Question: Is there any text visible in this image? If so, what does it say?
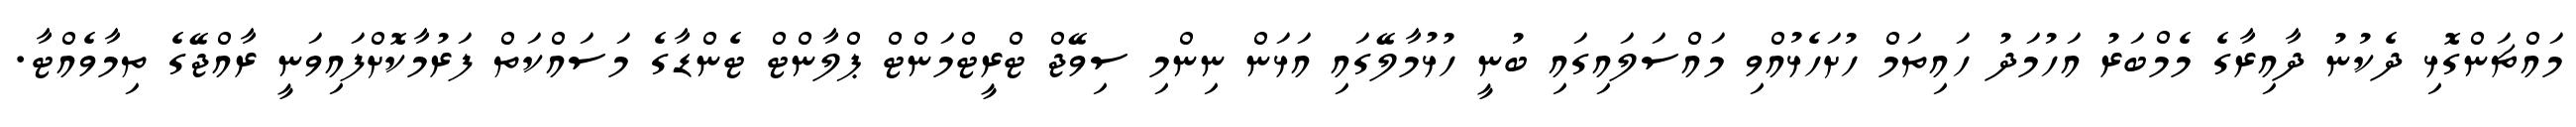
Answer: މައްޗަންގޮޅި ދެކުނު ދާއިރާގެ މެމްބަރު އަހުމަދު ހައިތަމް ހުށަހެޅުއްވި މައްސަލައިގައި ބުނީ ހުޅުމާލޭގައި އަޅަން ނިންމި ސިވޭޖް ޓްރީޓްމަންޓް ޕްލާންޓް ޓެންޑާގެ މަސައްކަތް ފަރުމާކޮށްފައިވަނީ ރާއްޖޭގެ ތިމާވެއްޓާ.